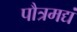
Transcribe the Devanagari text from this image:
पौत्रमद्यं